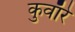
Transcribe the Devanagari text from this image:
कुवाँरे